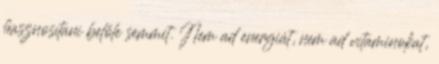
hasznosítani belőle semmit. Nem ad energiát, nem ad vitaminokat,